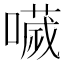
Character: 𡀌